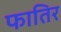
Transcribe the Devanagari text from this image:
फातिर